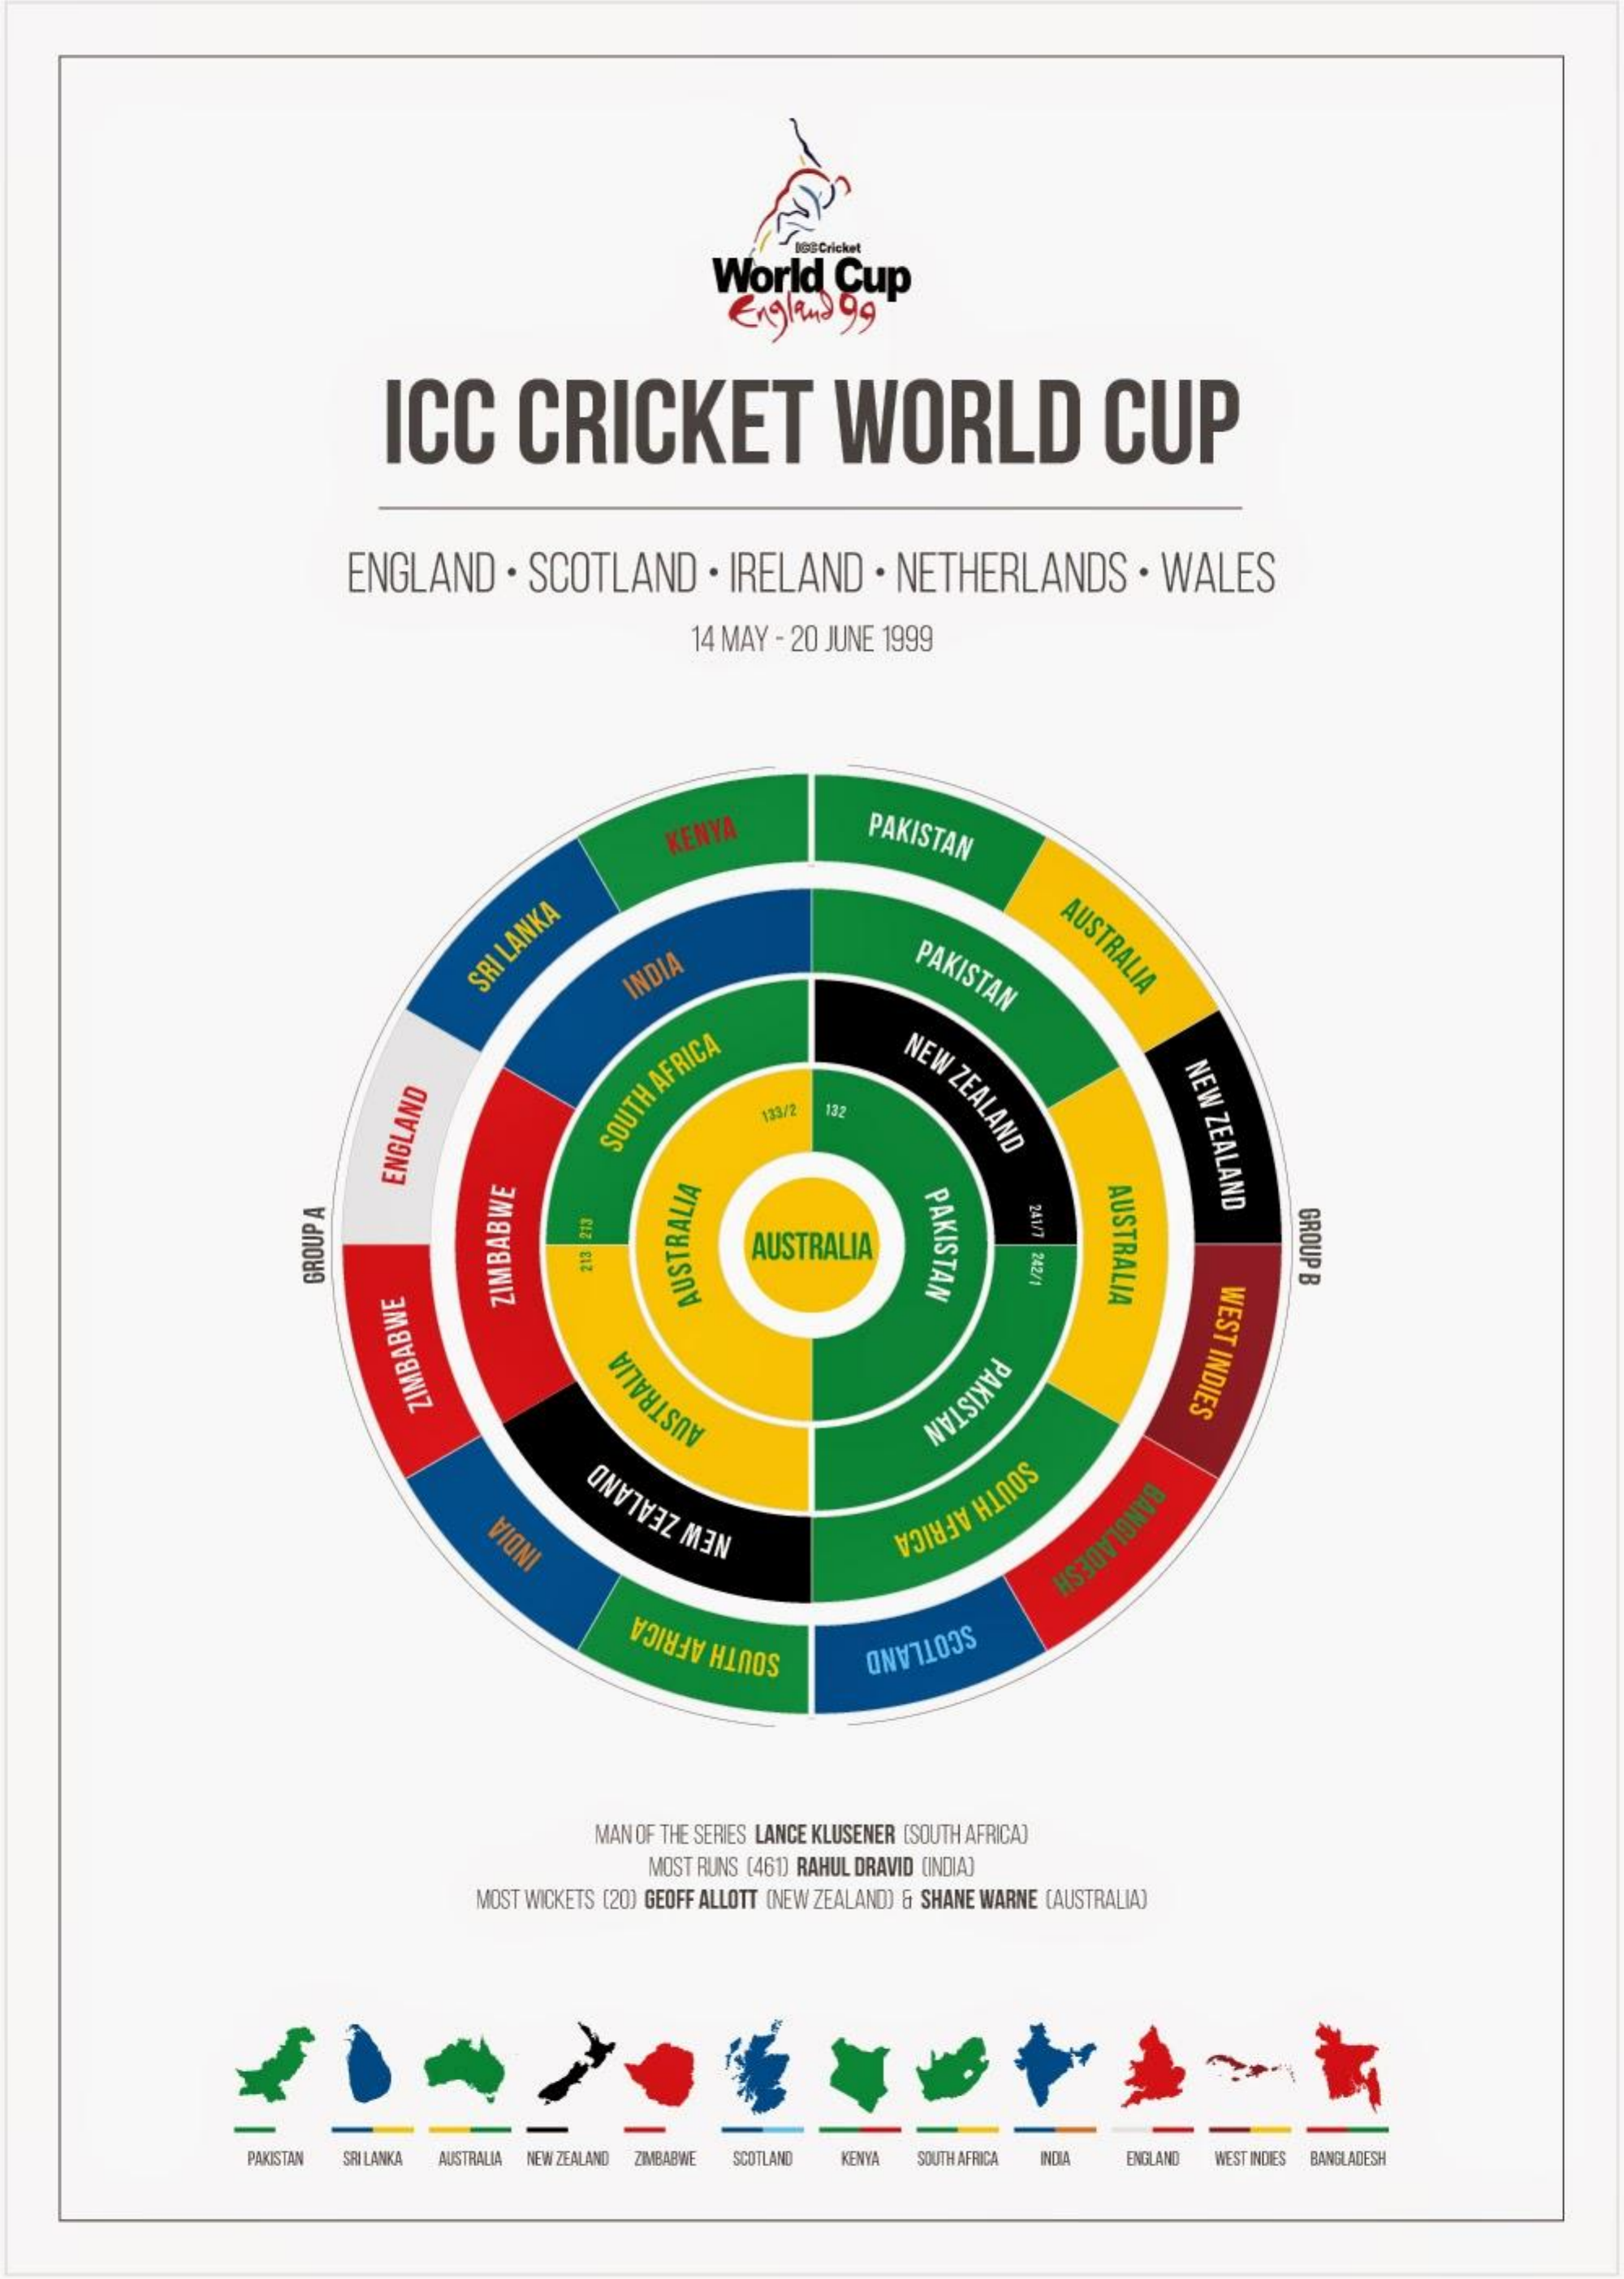
100 Cricket
     World    Cup
     England  99
     ICC    CRICKET    WORLD    CUP
     ENGLAND    . SCOTLAND    . IRELAND    . NETHERLANDS    · WALES
     14 MAY - 20 JUNE 1999
     PAKISTAN KENYA
     AUSTRALIA PAKISTAN SRI
     LANKA
     INDIA
     NEW
     ZEALAND
     NEW
     ZEALAND
     133/2 132
     SOUTH
     AFRICA
     AUSTRALIA
     ENGLAND
     PAKISTAN    GROUP
     B
     AUSTRALIA
     242/1 GROUP
     A
     WEST
     INDIES
     ZIMBABWE    AUSTRALIA
     PAKISTAN ZIMBABWE AUSTRALIA
     SOUTH
     AFRICA    BANGLADESH INDIA NEW
     ZEALAND
     SCOTLAND SOUTH AFRICA
     MAN OF THE SERIES LANCE KLUSENER [SOUTH AFRICA)
     MOST RUNS (461) RAHUL DRAVID (INDIA)
     MOST WICKETS [20) GEOFF ALLOTT (NEW ZEALAND) & SHANE WARNE (AUSTRALIA)
     PAKISTAN SRI LANKA AUSTRALIA NEW ZEALAND ZIMBABWE SCOTLAND KENYA SOUTH AFRICA ENGLAND WEST INDIES BANGLADESH